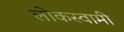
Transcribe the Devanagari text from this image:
लोकस्वामी